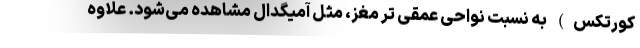
کورتکس) به نسبت نواحی عمقی تر مغز، مثل آمیگدال مشاهده می‌شود. علاوه